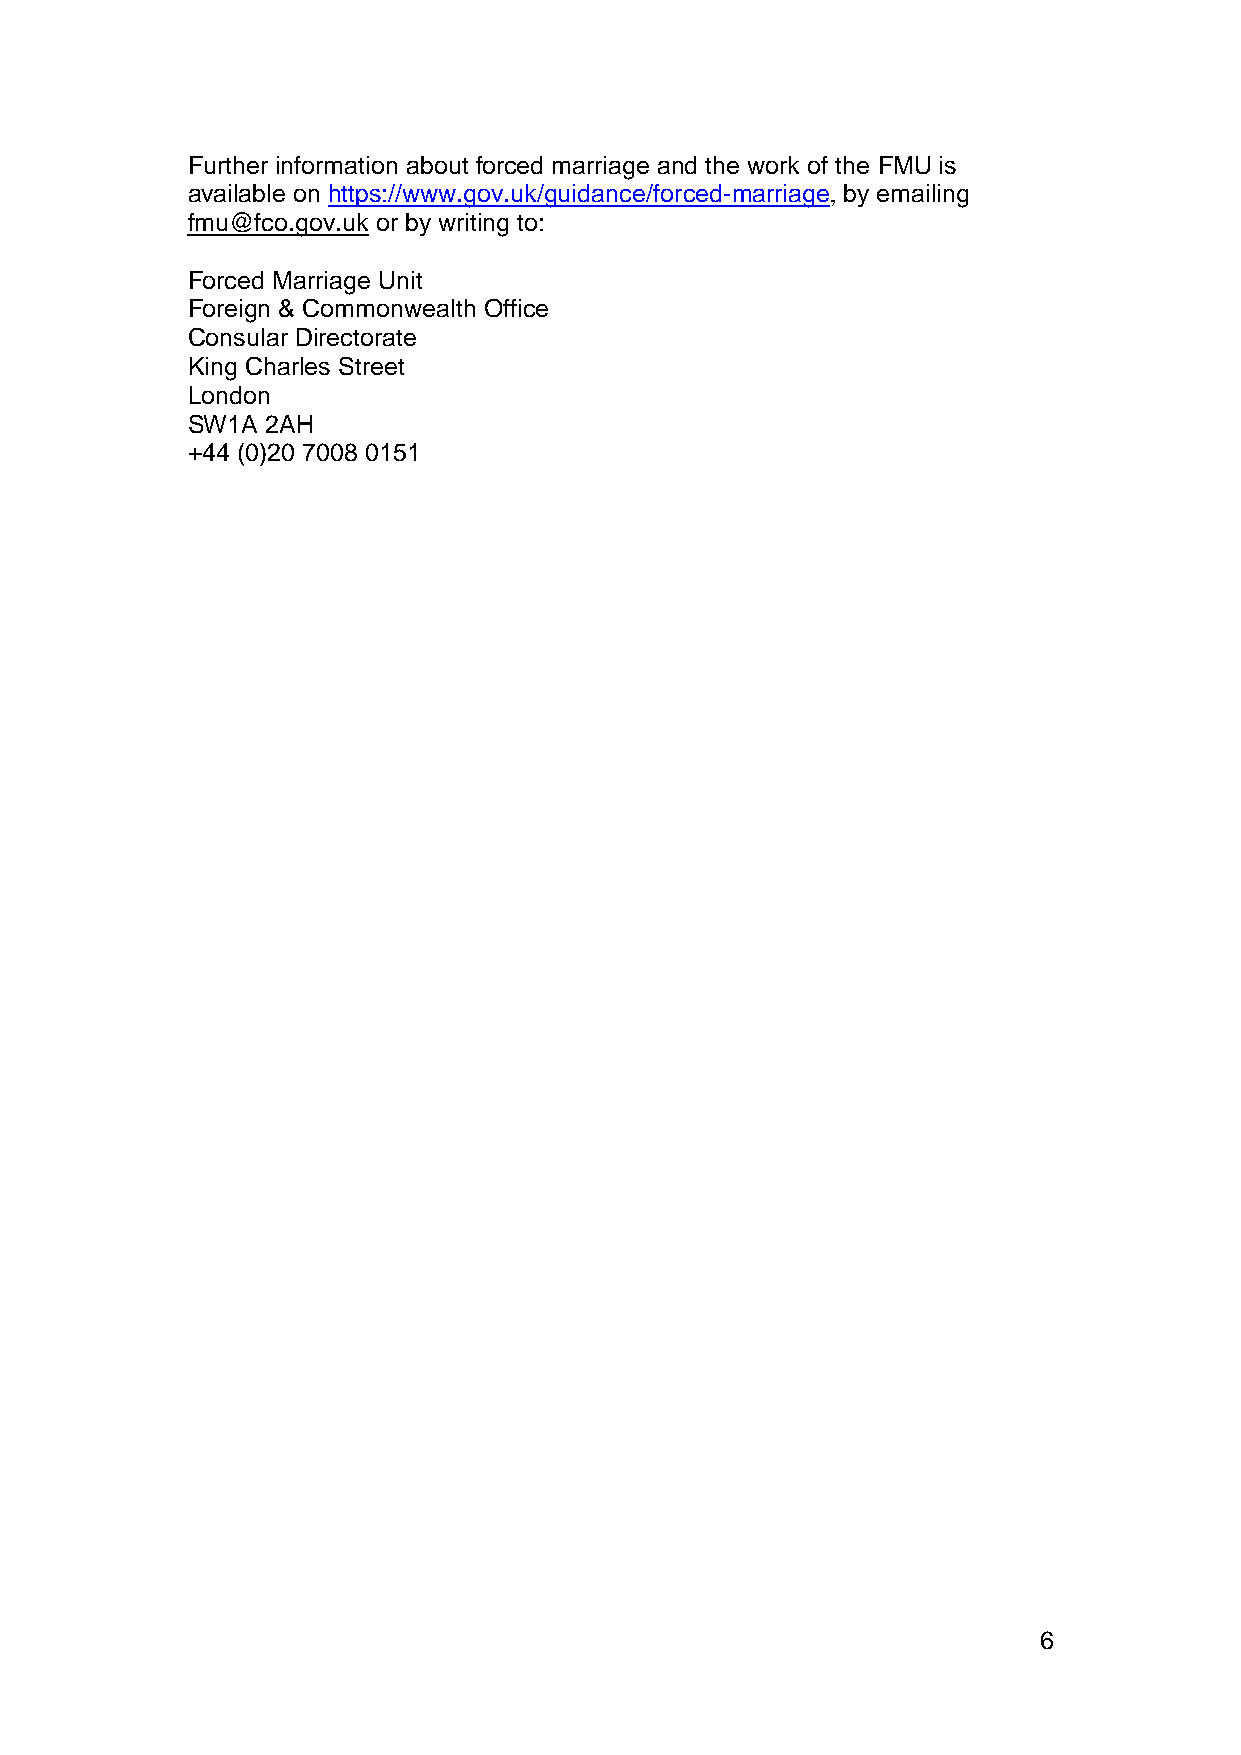
Further information about forced marriage and the work of the FMU is
 available on https://www.gov.uk/guidance/forced-marriage, by emailing
 fmu@fco.gov.uk or by writing to:
 Forced Marriage Unit
 Foreign & Commonwealth Office
 Consular Directorate
 King Charles Street
 London
 SW1A  2AH
 +44 (0)20 7008 0151
 6